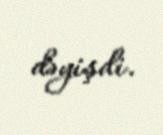
dəyişdi.